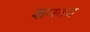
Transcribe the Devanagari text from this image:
शनका